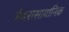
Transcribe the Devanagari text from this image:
जैवरासायानिक